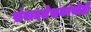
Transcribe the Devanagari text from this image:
संवादलेखकांचीही